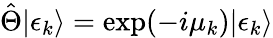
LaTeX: \hat{\Theta}|\epsilon_{k}\rangle=\exp(-i\mu_{k})|\epsilon_{k}\rangle